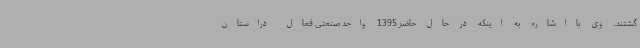
گشتند. وی بااشاره به اینکه در حال حاضر 1395 واحد صنعتی فعال دراستان